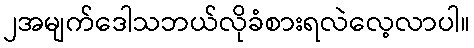
၂အမျက်ဒေါသဘယ်လိုခံစားရလဲလေ့လာပါ။